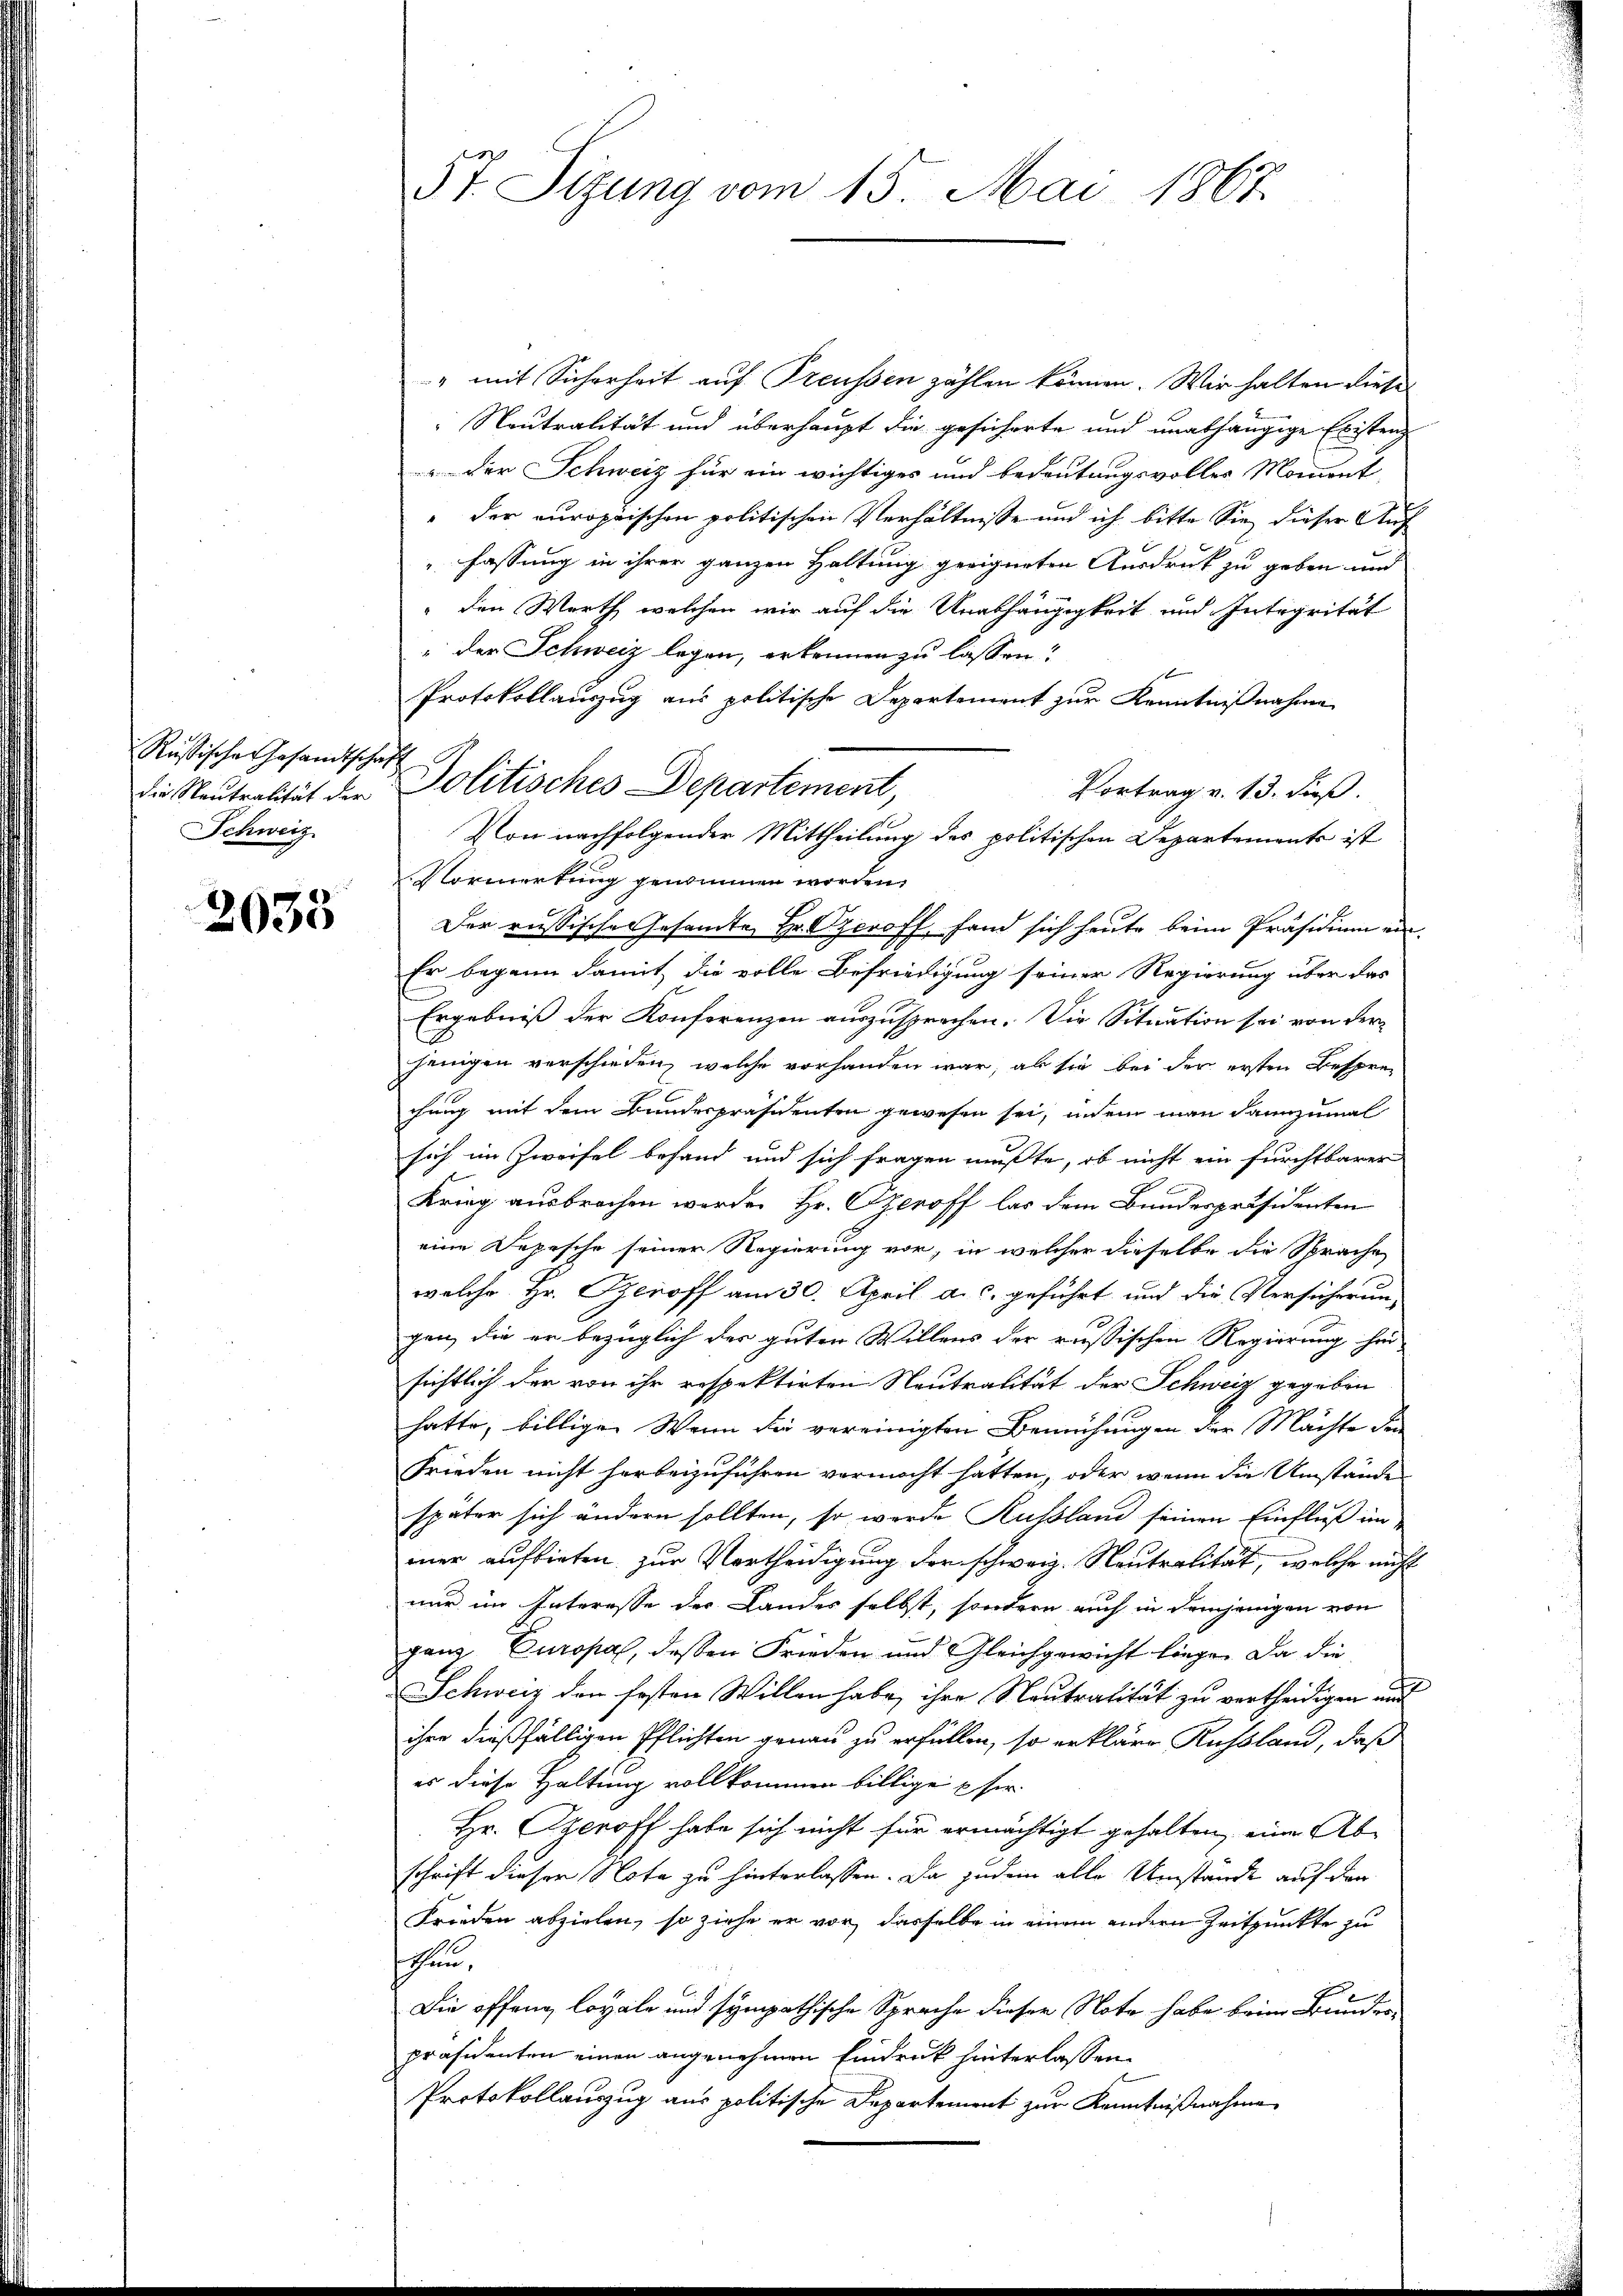
Rußische Gesandtschaft
Schweiz

2033

57. Sizung vom 15. Mai 1867.

" mit Sicherheit auf Treussen zählen können. Wir halten diese
Neutralität und überhaupt die gesicherte und unabhängige Existenz
der Schweiz für ein wichtiges und bedeutungsvolles Moment
" der europäischen politischen Verhältnisse und ich bitte Sie dieser Auf
Fassung in ihrer ganzen Haltung geeigneten Ausdruck zu geben und
" den Werth welchen wir auf die Unabhängigkeit und Integrität
" der Schweiz legen, erkennen zu lassen?
Protokollauszug aus politische Departement zur Kenntnißnahme
Vortrag v. 13. dieß.
Von nachfolgender Mittheilung des politischen Departements ist
Vormertung genommen worden.
Der russische Gesandte Hr. Czeroff, fand sich heute beim Präsidium ein¬
Er begann damit die volle Befriedigung seiner Regierung über das
Ergebniß der Konferenzen auszusprochen. Die Situation sei von der
jenigen verschieden, welche vorhanden war, ab sie bei der ersten Besprechung mit dem Bandespräsidenten gewesen sei, indem man dannzumal
sich im Zweifel befand und sich fragen mußte, ob nicht ein furchtbarer
Krieg ausbrechen werden Hr. Operoff las dem Bundespräsidenten
eine Depesche seiner Regierung vor, in welcher dieselbe die Sprache
welche Hr. Peroff am 30. April a. c. geführt und die Versicherun-
gen, die er bezüglich der guten Willens der russischen Regierung hier
sichtlich der von ihr respektirten Neutralität der Schweiz gegeben
hatte, billige. Wenn die vereinigten Bemühungen der Mächte die
Frieden nicht herbeizuführen vermacht hatten, oder wenn die Umstände
später sich ändern sollten, so wurde Russland seinen Einfluß im-
mer aufbieten zur Vortheidigung der schweiz. Neutralität, welche nicht
nur im Interesse der Landes selbst, sondern auch in demjenigen von
ganz Europal, dessen Frieden und Gleichgewicht liege. Da die
Schweiz den festen Willen habe ihre Neutralität zu vertheidigen und
ihre dießfälligen Pflichten genau zu erfüllen, so erkläre Russland, daß
es diese Haltung vollkommen billige Eher
Hr. Operoff habe sich nicht für ermächtigt gehalten, eine Abschrift dieser Nota zu hinterlassen. Da jedem alle Umstände auf den
Frieden abzielen, so ziehe er vor dasselbe in einem andern Zeitpunkte zu
schen,
Die offeng loyale und sympathische Sprache dieser Note habe beim Bundes-
präsidenten einen angenehmen Eindruck hinterlassen.
Protokollauszug aus politische Departement zur Kenntnißnahme

die Neutralität der Politisches Departement,